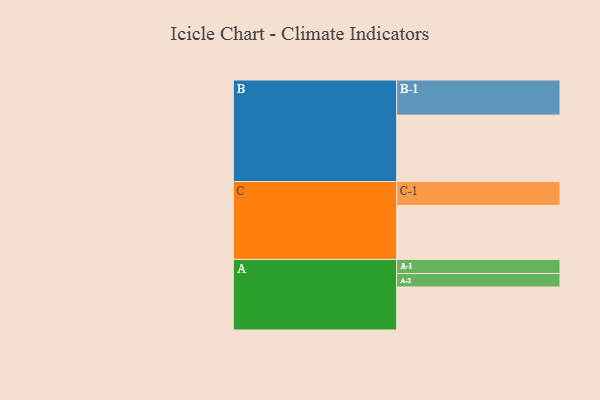
{"axis": {"x": "Segment", "y": "Value"}, "legend": ["", "A", "B", "C"], "data": [{"x": "A", "y": 348, "type": ""}, {"x": "B", "y": 537, "type": ""}, {"x": "C", "y": 436, "type": ""}, {"x": "A-1", "y": 114, "type": "A"}, {"x": "A-2", "y": 109, "type": "A"}, {"x": "B-1", "y": 284, "type": "B"}, {"x": "C-1", "y": 194, "type": "C"}]}